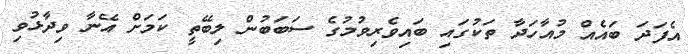
އެފަދަ ބައެއް މުއާހަދާ ތަކުގައި ބައިވެރިވުމުގެ ސަބަބުން ލިބޭތީ ކަމަށް އޭނާ ވިދާޅުވި